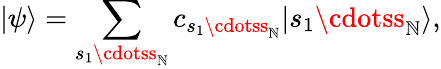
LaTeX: |\psi\rangle=\sum_{s_{1}\cdotss_{\mathbb{N}}}c_{s_{1}\cdotss_{\mathbb{N}}}|s_{1}\cdotss_{\mathbb{N}}\rangle,